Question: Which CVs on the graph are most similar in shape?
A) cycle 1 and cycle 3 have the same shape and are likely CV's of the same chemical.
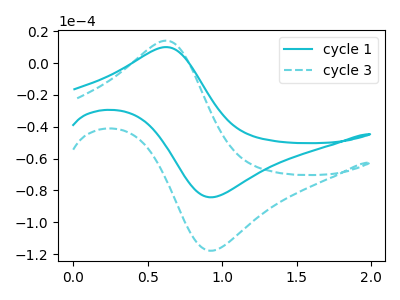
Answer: <think>The cyan curve "cycle 1" has an anodic peak at (0.65V, 10.10uA) and a cathodic peak at (0.95V, -84.25uA). The cyan dashed curve "cycle 3" has an anodic peak at (0.65V, 14.10uA) and a cathodic peak at (0.95V, -117.85uA).
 All the peaks in "cycle 1" have a peak in "cycle 3" at the same potential. Every peak in "cycle 1" is lower than every peak in "cycle 3".</think>
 <answer>A) "cycle 1" and "cycle 3" have the same shape and are likely CV's of the same chemical.</answer>
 <eval>A</eval>